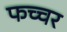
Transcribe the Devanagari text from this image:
फच्चर